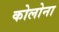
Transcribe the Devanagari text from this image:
कोलोना